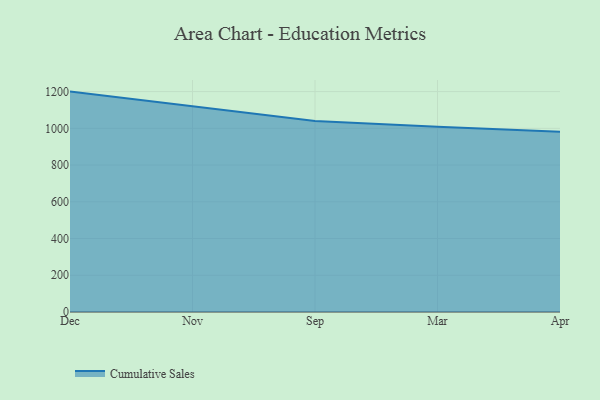
{"axis": {"x": "Month", "y": "Gross Profit (USD K)"}, "legend": ["Cumulative Sales"], "data": [{"x": "Dec", "y": 1199.9, "type": "Cumulative Sales"}, {"x": "Nov", "y": 1118.5, "type": "Cumulative Sales"}, {"x": "Sep", "y": 1040.0, "type": "Cumulative Sales"}, {"x": "Mar", "y": 1009.0, "type": "Cumulative Sales"}, {"x": "Apr", "y": 981.4, "type": "Cumulative Sales"}]}